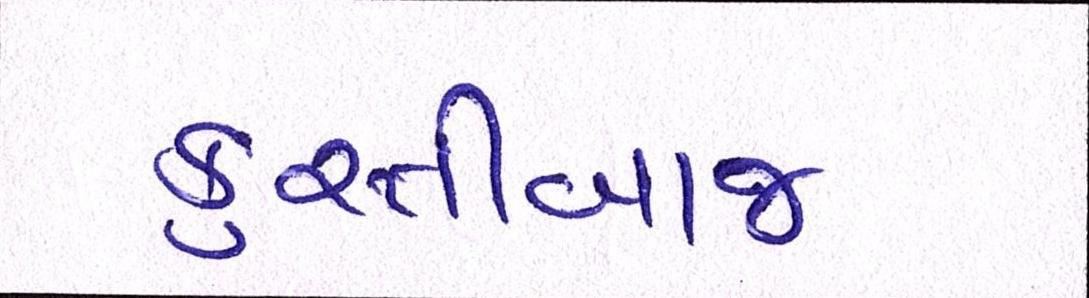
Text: કુસ્તીબાજ